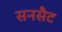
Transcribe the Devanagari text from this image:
सनसैट